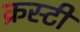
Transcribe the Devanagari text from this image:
क्रस्टी